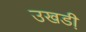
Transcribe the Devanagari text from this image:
उखडी़